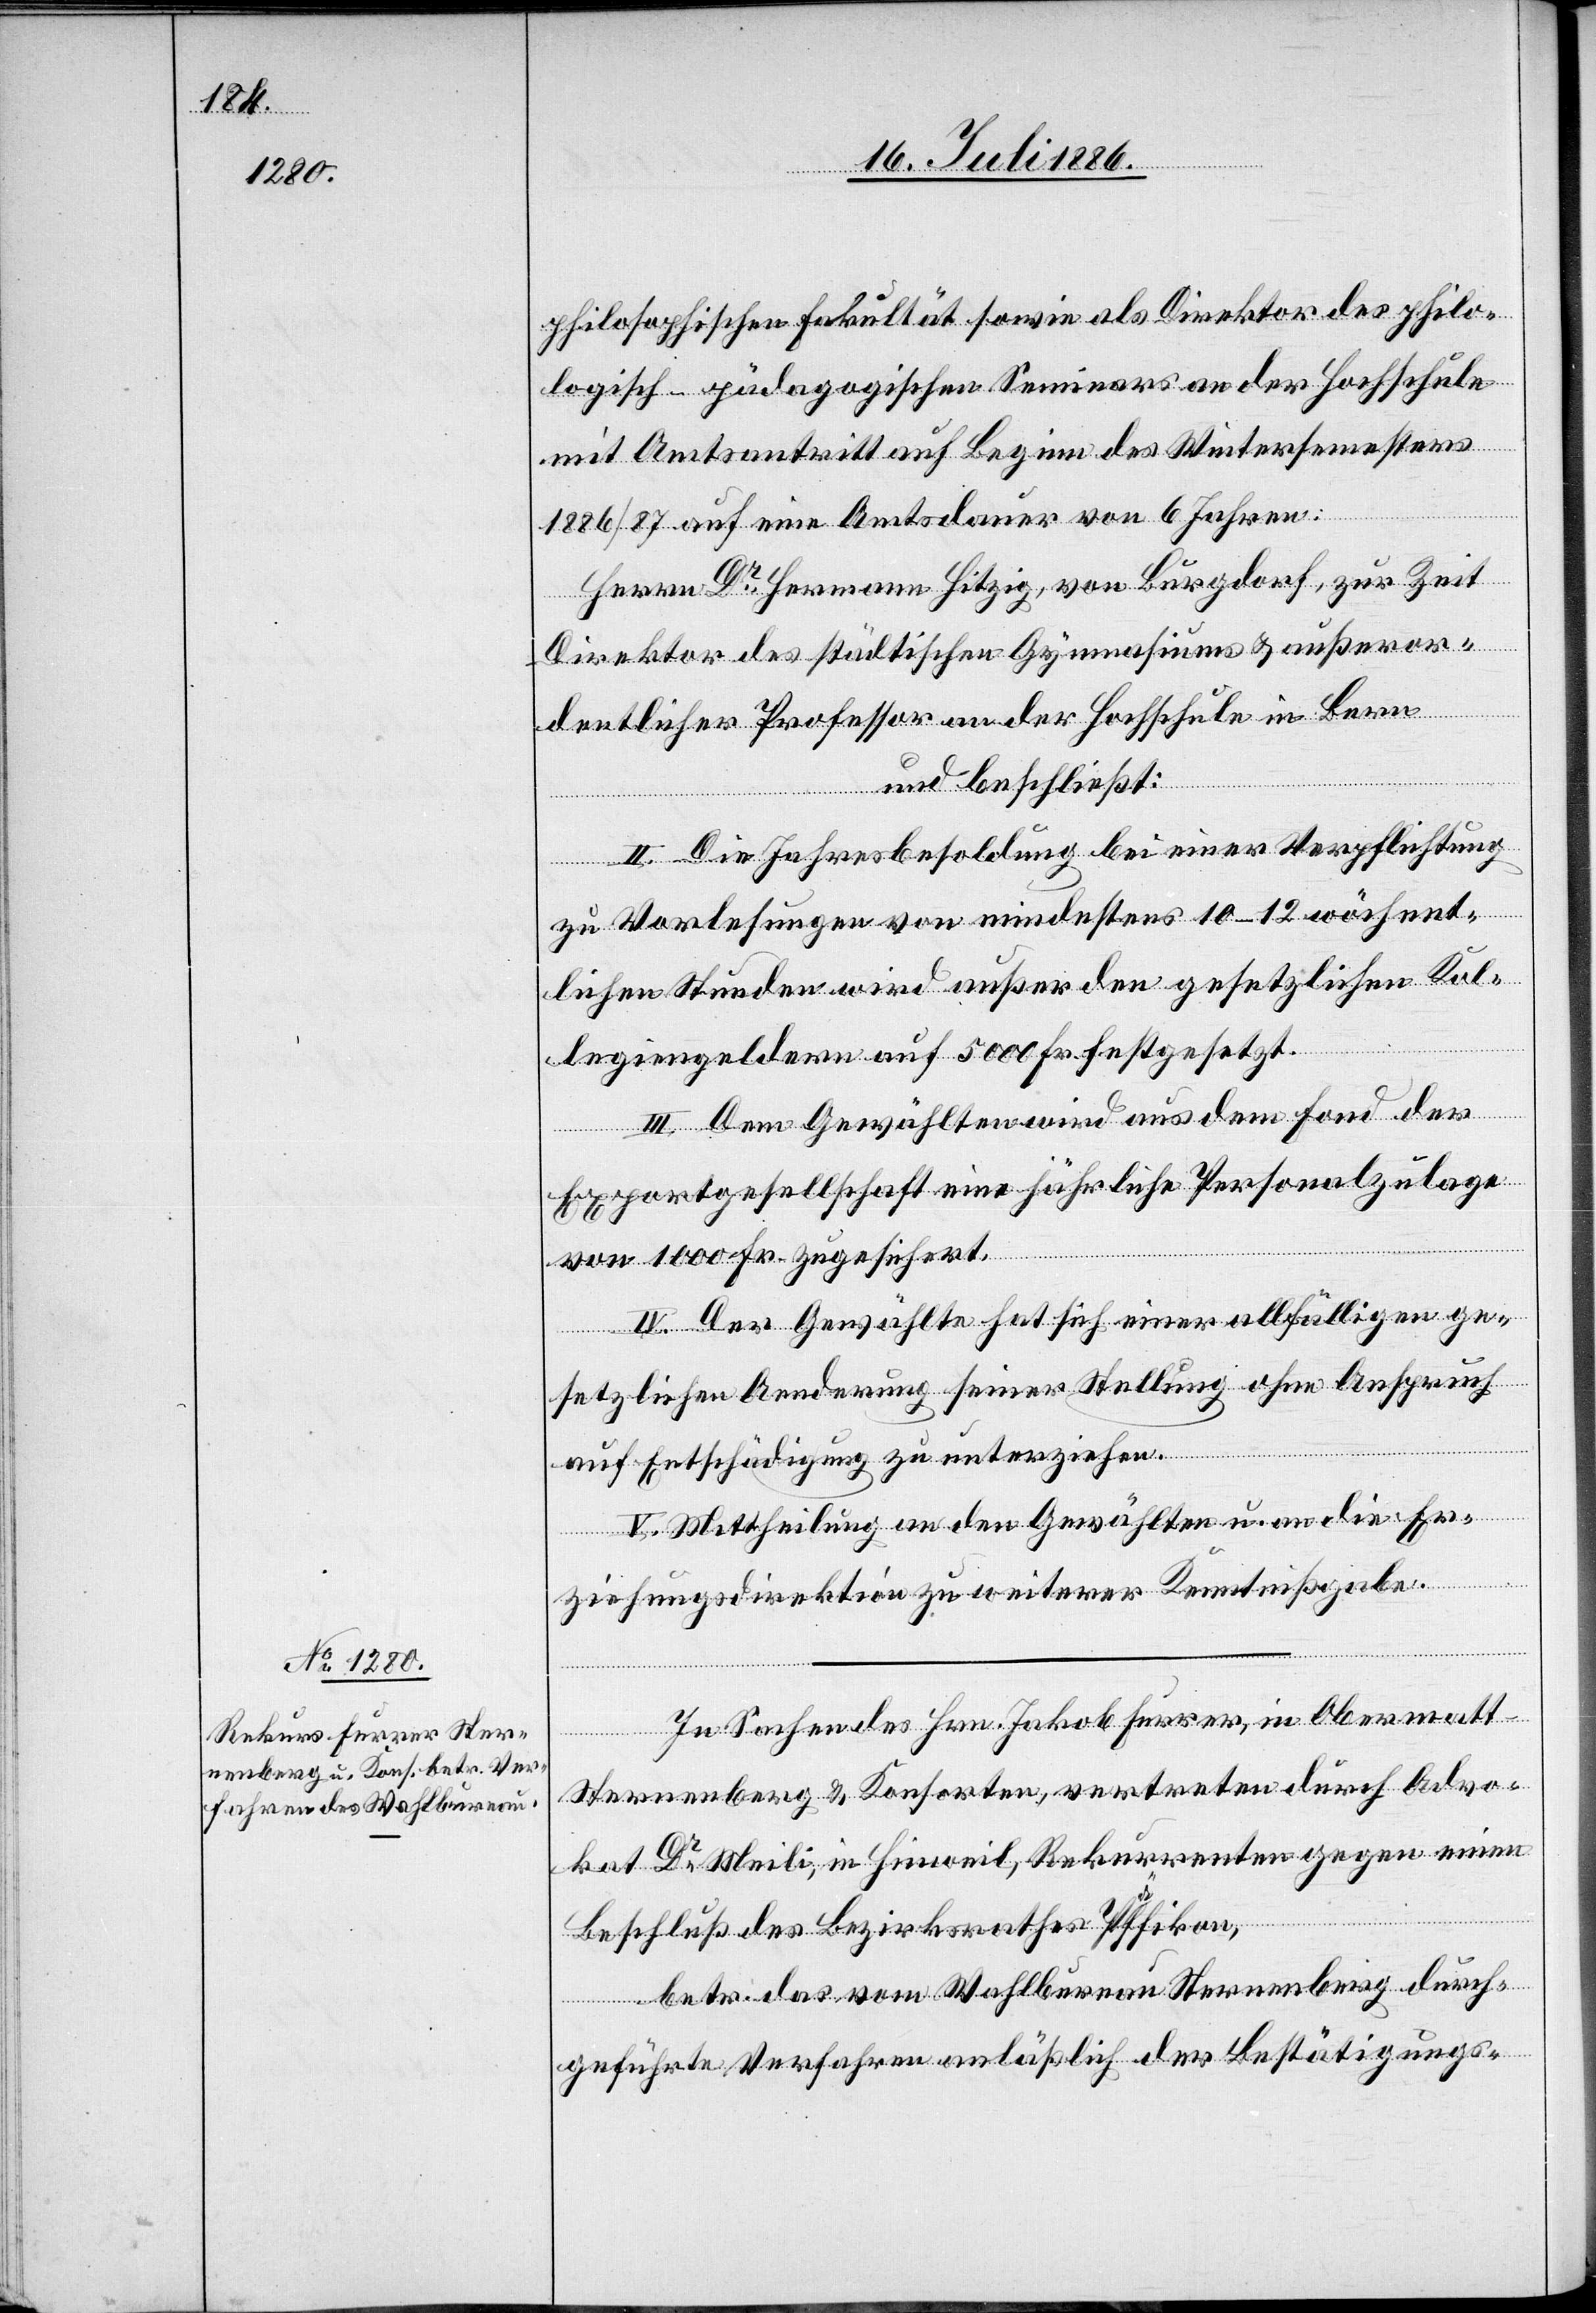
philosophischen Fakultät sowie als Direktor des philo¬
logisch-pädagogischen Seminars an der Hochschule
mit Amtsantritt auf Beginn des Wintersemesters
1886/87 auf eine Amtsdauer von 6 Jahren:
Herrn Dr Hermann Hitzig, von Burgdorf, zur Zeit
Direktor des städtischen Gymnasiums & außeror¬
dentlicher Professor an der Hochschule in Bern
und beschließt:
II. Die Jahresbesoldung bei einer Verpflichtung
zu Vorlesungen von mindestens 10–12 wöchent¬
lichen Stunden wird außer den gesetzlichen Kol¬
legiengeldern auf 5000 Fr. festgesetzt.
III. Dem Gewählten wird aus dem Fond der
Exportgesellschaft eine jährliche Personalzulage
von 1000 Fr. zugesichert.
IV. Der Gewählte hat sich einer allfälligen ge¬
setzlichen Aenderung seiner Stellung ohne Anspruch
auf Entschädigung zu unterziehen.
V. Mittheilung an den Gewählten u. an die Er¬
ziehungsdirektion zu weiterer Kenntnißgabe.